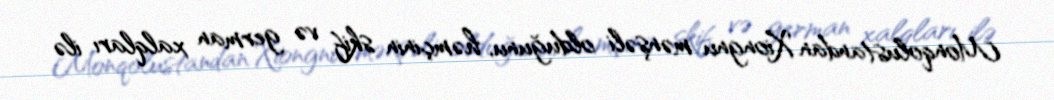
Monqolustandan Xiongnu mənşəli olduğunu, həmçinin skif və german xalqları ilə